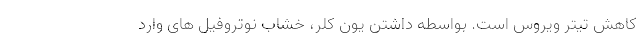
کاهش تیتر ویروس است. بواسطه داشتن یون کلر، خشاب نوتروفیل های وارد